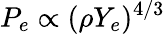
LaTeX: P_{e}\propto(\rho Y_{e})^{4/3}